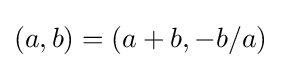
(a,b)=(a+b,-b/a)